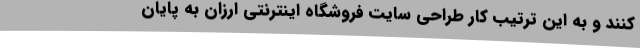
کنند و به این ترتیب کار طراحی سایت فروشگاه اینترنتی ارزان به پایان